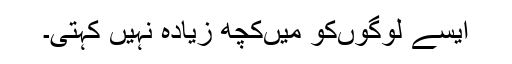
ایسے لوگوں‌کو میں‌کچھ زیادہ نہیں کہتی۔